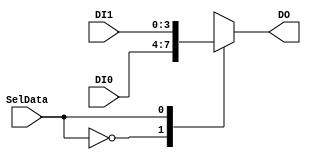
`timescale 1ns / 1ps
//////////////////////////////////////////////////////////////////////////////////
// Company: 
// Engineer: 
// 
// Design Name: 
// Module Name:    MUX_REG 
// Project Name: 
// Target Devices: 
// Tool versions: 
// Description: 
//
// Dependencies: 
//
// Revision: 
// Revision 0.01 - File Created
// Additional Comments: 
//
//////////////////////////////////////////////////////////////////////////////////
module MUX_REG(
    input [3:0] DI0,
    input [3:0] DI1,
    input SelData,
    output reg [3:0] DO
    );
	 
always @* begin
	case(SelData)
		0: DO <= DI0;
		1: DO <= DI1;
	endcase
end

endmodule